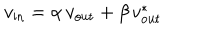
v _ { \mathrm { i n } } = \alpha \, v _ { \mathrm { o u t } } + \beta \, v _ { \mathrm { o u t } } ^ { * }